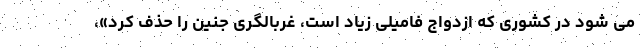
می شود در کشوری که ازدواج فامیلی زیاد است، غربالگری جنین را حذف کرد»،